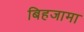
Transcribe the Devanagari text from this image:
बिहजामा